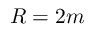
R = 2 m